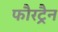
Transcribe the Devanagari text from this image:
फौरट्रैन